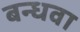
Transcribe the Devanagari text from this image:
बन्धवा